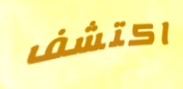
اكتشف